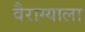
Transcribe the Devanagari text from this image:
वैराग्याला